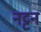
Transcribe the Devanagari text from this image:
नट्टन